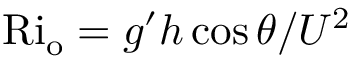
\mathrm { R i _ { o } } = g ^ { \prime } h \cos { \theta } / U ^ { 2 }